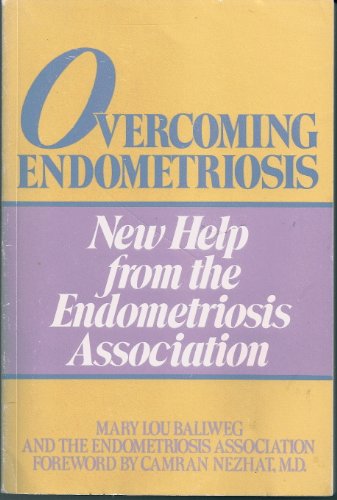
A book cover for Overcoming Endometriosis: New Help from the Endometriosis Association; Mary Lou Ballweg; Health, Fitness & Dieting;